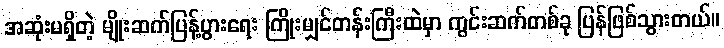
အဆုံးမရှိတဲ့ မျိုးဆက်ပြန့်ပွားရေး ကြိုးမျှင်တန်းကြီးထဲမှာ ကွင်းဆက်တစ်ခု ပြန်ဖြစ်သွားတယ်။